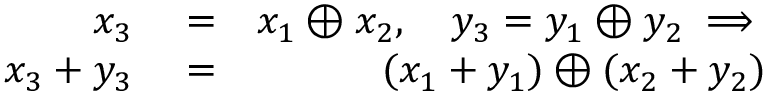
\begin{array} { r l r } { x _ { 3 } } & { { } = } & { x _ { 1 } \oplus x _ { 2 } , \quad y _ { 3 } = y _ { 1 } \oplus y _ { 2 } \implies } \\ { x _ { 3 } + y _ { 3 } } & { { } = } & { ( x _ { 1 } + y _ { 1 } ) \oplus ( x _ { 2 } + y _ { 2 } ) } \end{array}